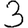
Digit: 3